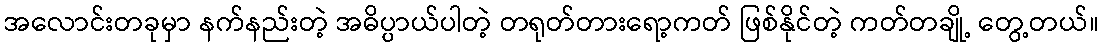
အလောင်းတခုမှာ နက်နည်းတဲ့ အဓိပ္ပာယ်ပါတဲ့ တရုတ်တားရော့ကတ် ဖြစ်နိုင်တဲ့ ကတ်တချို့ တွေ့တယ်။